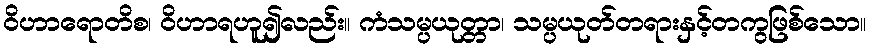
ဝိဟာရောတိစ၊ ဝိဟာရဟူ၍လည်း။ ကံသမ္ပယုတ္တာ၊ သမ္ပယုတ်တရားနှင့်တကွဖြစ်သော။